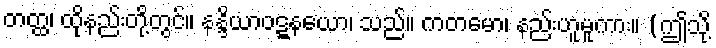
တတ္ထ၊ ထိုနည်းတို့တွင်။ နန္ဒိယာဝဋ္ဋနယော၊ သည်။ ကတမော၊ နည်းဟူမူကား။ (ဤသို့